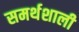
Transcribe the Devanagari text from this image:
समर्थशाली